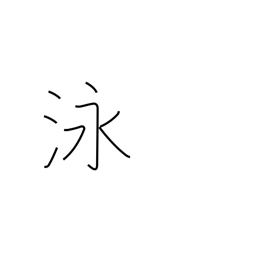
Meaning: swim